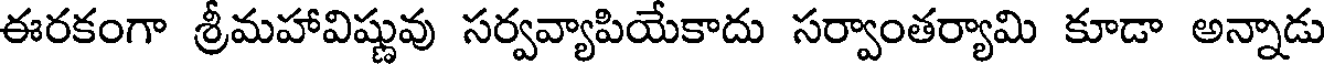
ఈరకంగా శ్రీమహావిష్ణువు సర్వవ్యాపియేకాదు సర్వాంతర్యామి కూడా అన్నాడు